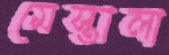
মেস্তালা